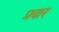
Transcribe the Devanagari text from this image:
प्रबार